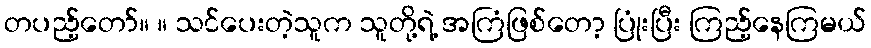
တပည့်တော်။ ။ သင်ပေးတဲ့သူက သူတို့ရဲ့ အကြံဖြစ်တော့ ပြုံးပြီး ကြည့်နေကြမယ်